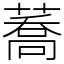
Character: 蕎